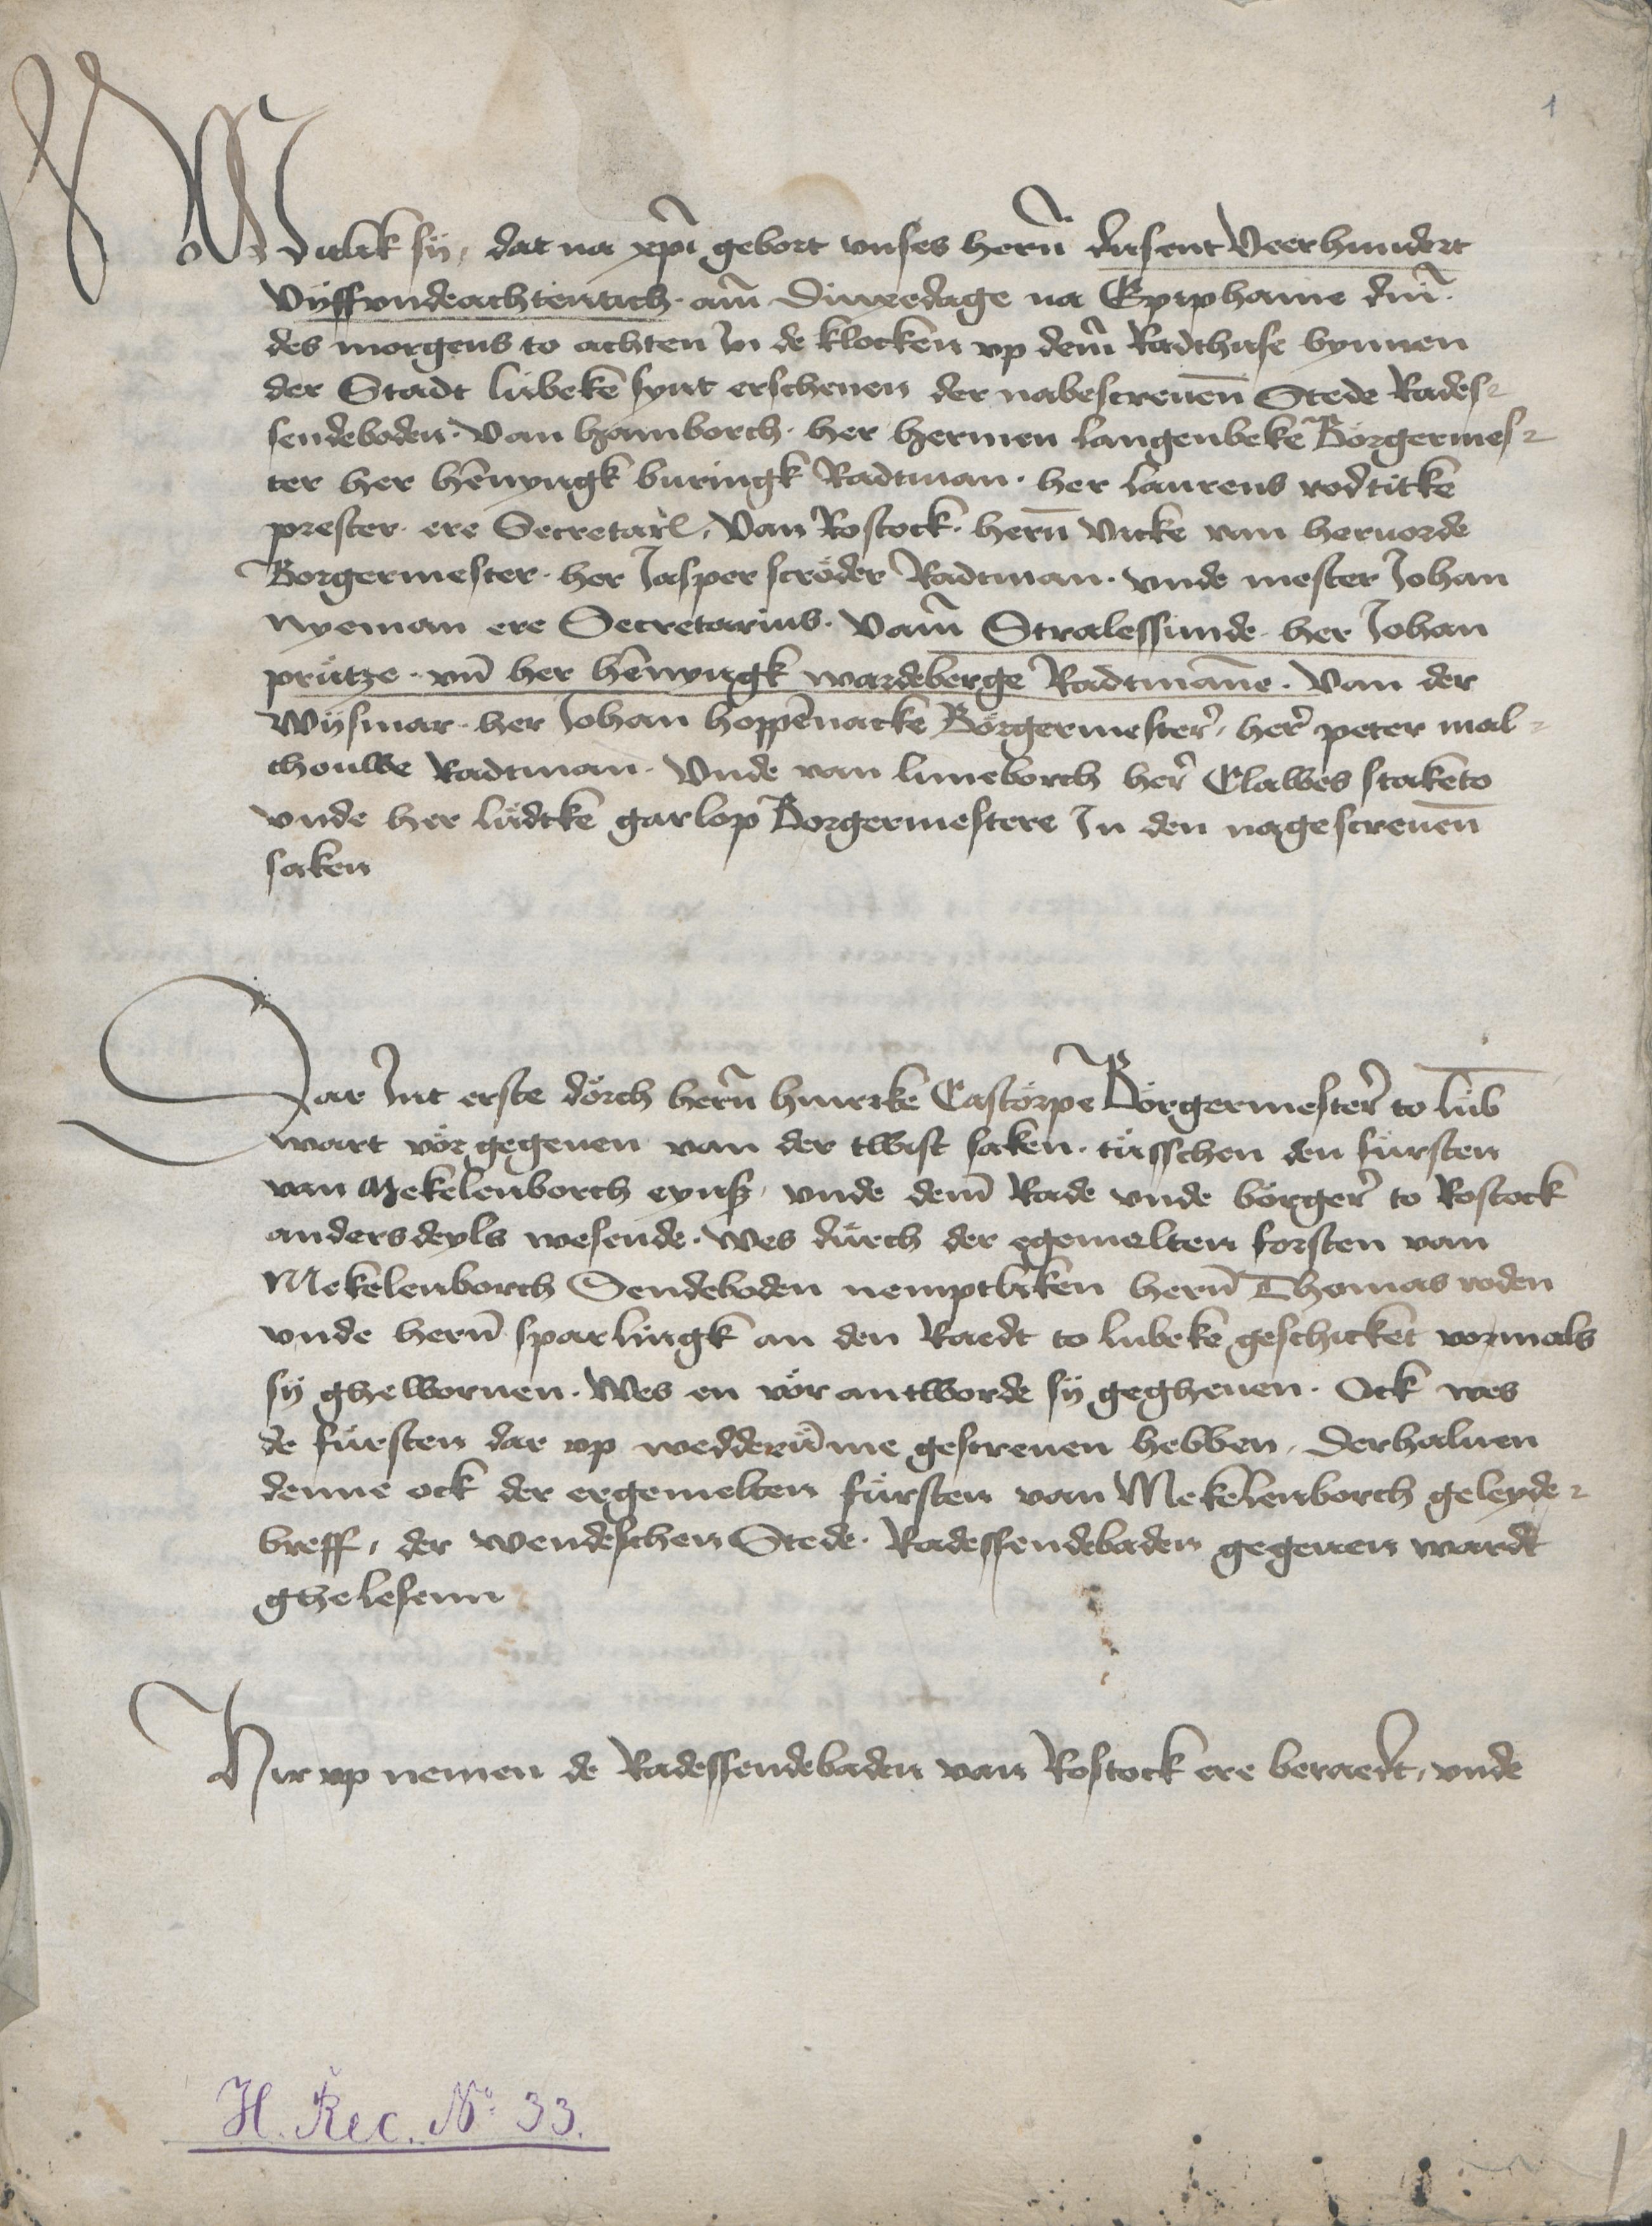
1

Witlik sy, dat na Christi gebort vnses heren dusent veerhundert
vyffvndachtentich amme dinxedage na Epiphanie domini
des morgens to achten Jn de klocken vp deme Radthuse bynnen
der Stadt Lubeke synt erschenen der nabescreuenen Stede Rades¬
sendeboden . van Hamborch . her Hermen Langenbeke Borgermes¬
ter her Hennyngk Buringk Radtman . her Laurens Rodtitke
prester . ere Secretarius . van Rostock . heren Vicke van Heruorde
Borgermester . her Jasper Scroder Radtman . vnde mester Johan
Nyeman ere Secretarius . vame Stralessunde . her Johan
Prutze . vnd her Hennyngk Wardeberge Radtmanne . van der
Wysmar . her Johan Hoppennacke Borgermestere, here Peter Mal¬
thouwe Radtman . vnde van Luneborch here Clawes Stakento
vnde her Ludke Garlop Borgermestere Jn den nagescreuen
saken.

Dar Jnt erste dorch heren Hinrike Castorpe Borgermestere to Lubeke
wart vor gegeuen van der twist saken tusschen den fursten
van Mekelenborch eynß, vnde deme Rade vnde borgere to Rostock
anders deyls wesende . wes durch der egemelten forsten van
Mekelenborch Sendeboden nemptliken heren Thomas Roden
vnde heren Sparlingk an den Raedt to Lubeke geschicket vormals
sy gheworuen . wes en vor antworde sy gegheuen . Ock wes
de fursten dar vp wedderumme gescreuen hebben, derhaluen
denne ock der ergemelten fursten van Mekelenborch geleyde¬
breff, der wendeschen Stede . Radessendebaden gegeuen wardt
ghelesenn.

Hir vp nemen de Radessendebaden van Rostock ere beraedt, vnde